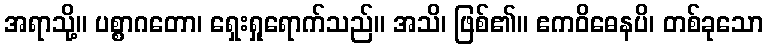
အရာသို့။ ပစ္စာဂတော၊ ရှေးရှုရောက်သည်။ အသိ၊ ဖြစ်၏။ ဧကဝိဓေနပိ၊ တစ်ခုသော